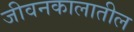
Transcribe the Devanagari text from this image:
जीवनकालातील